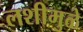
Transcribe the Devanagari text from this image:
लशीमुळे